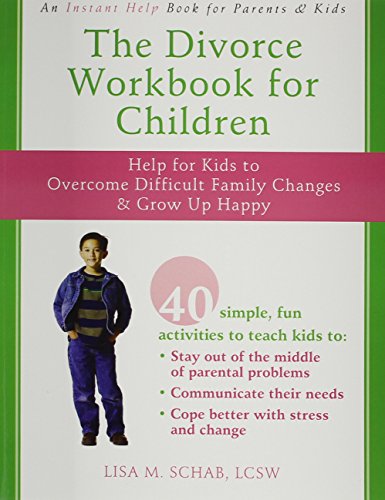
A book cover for The Divorce Workbook for Children: Help for Kids to Overcome Difficult Family Changes and Grow up Happy; Lisa M. Schab LCSW; Parenting & Relationships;